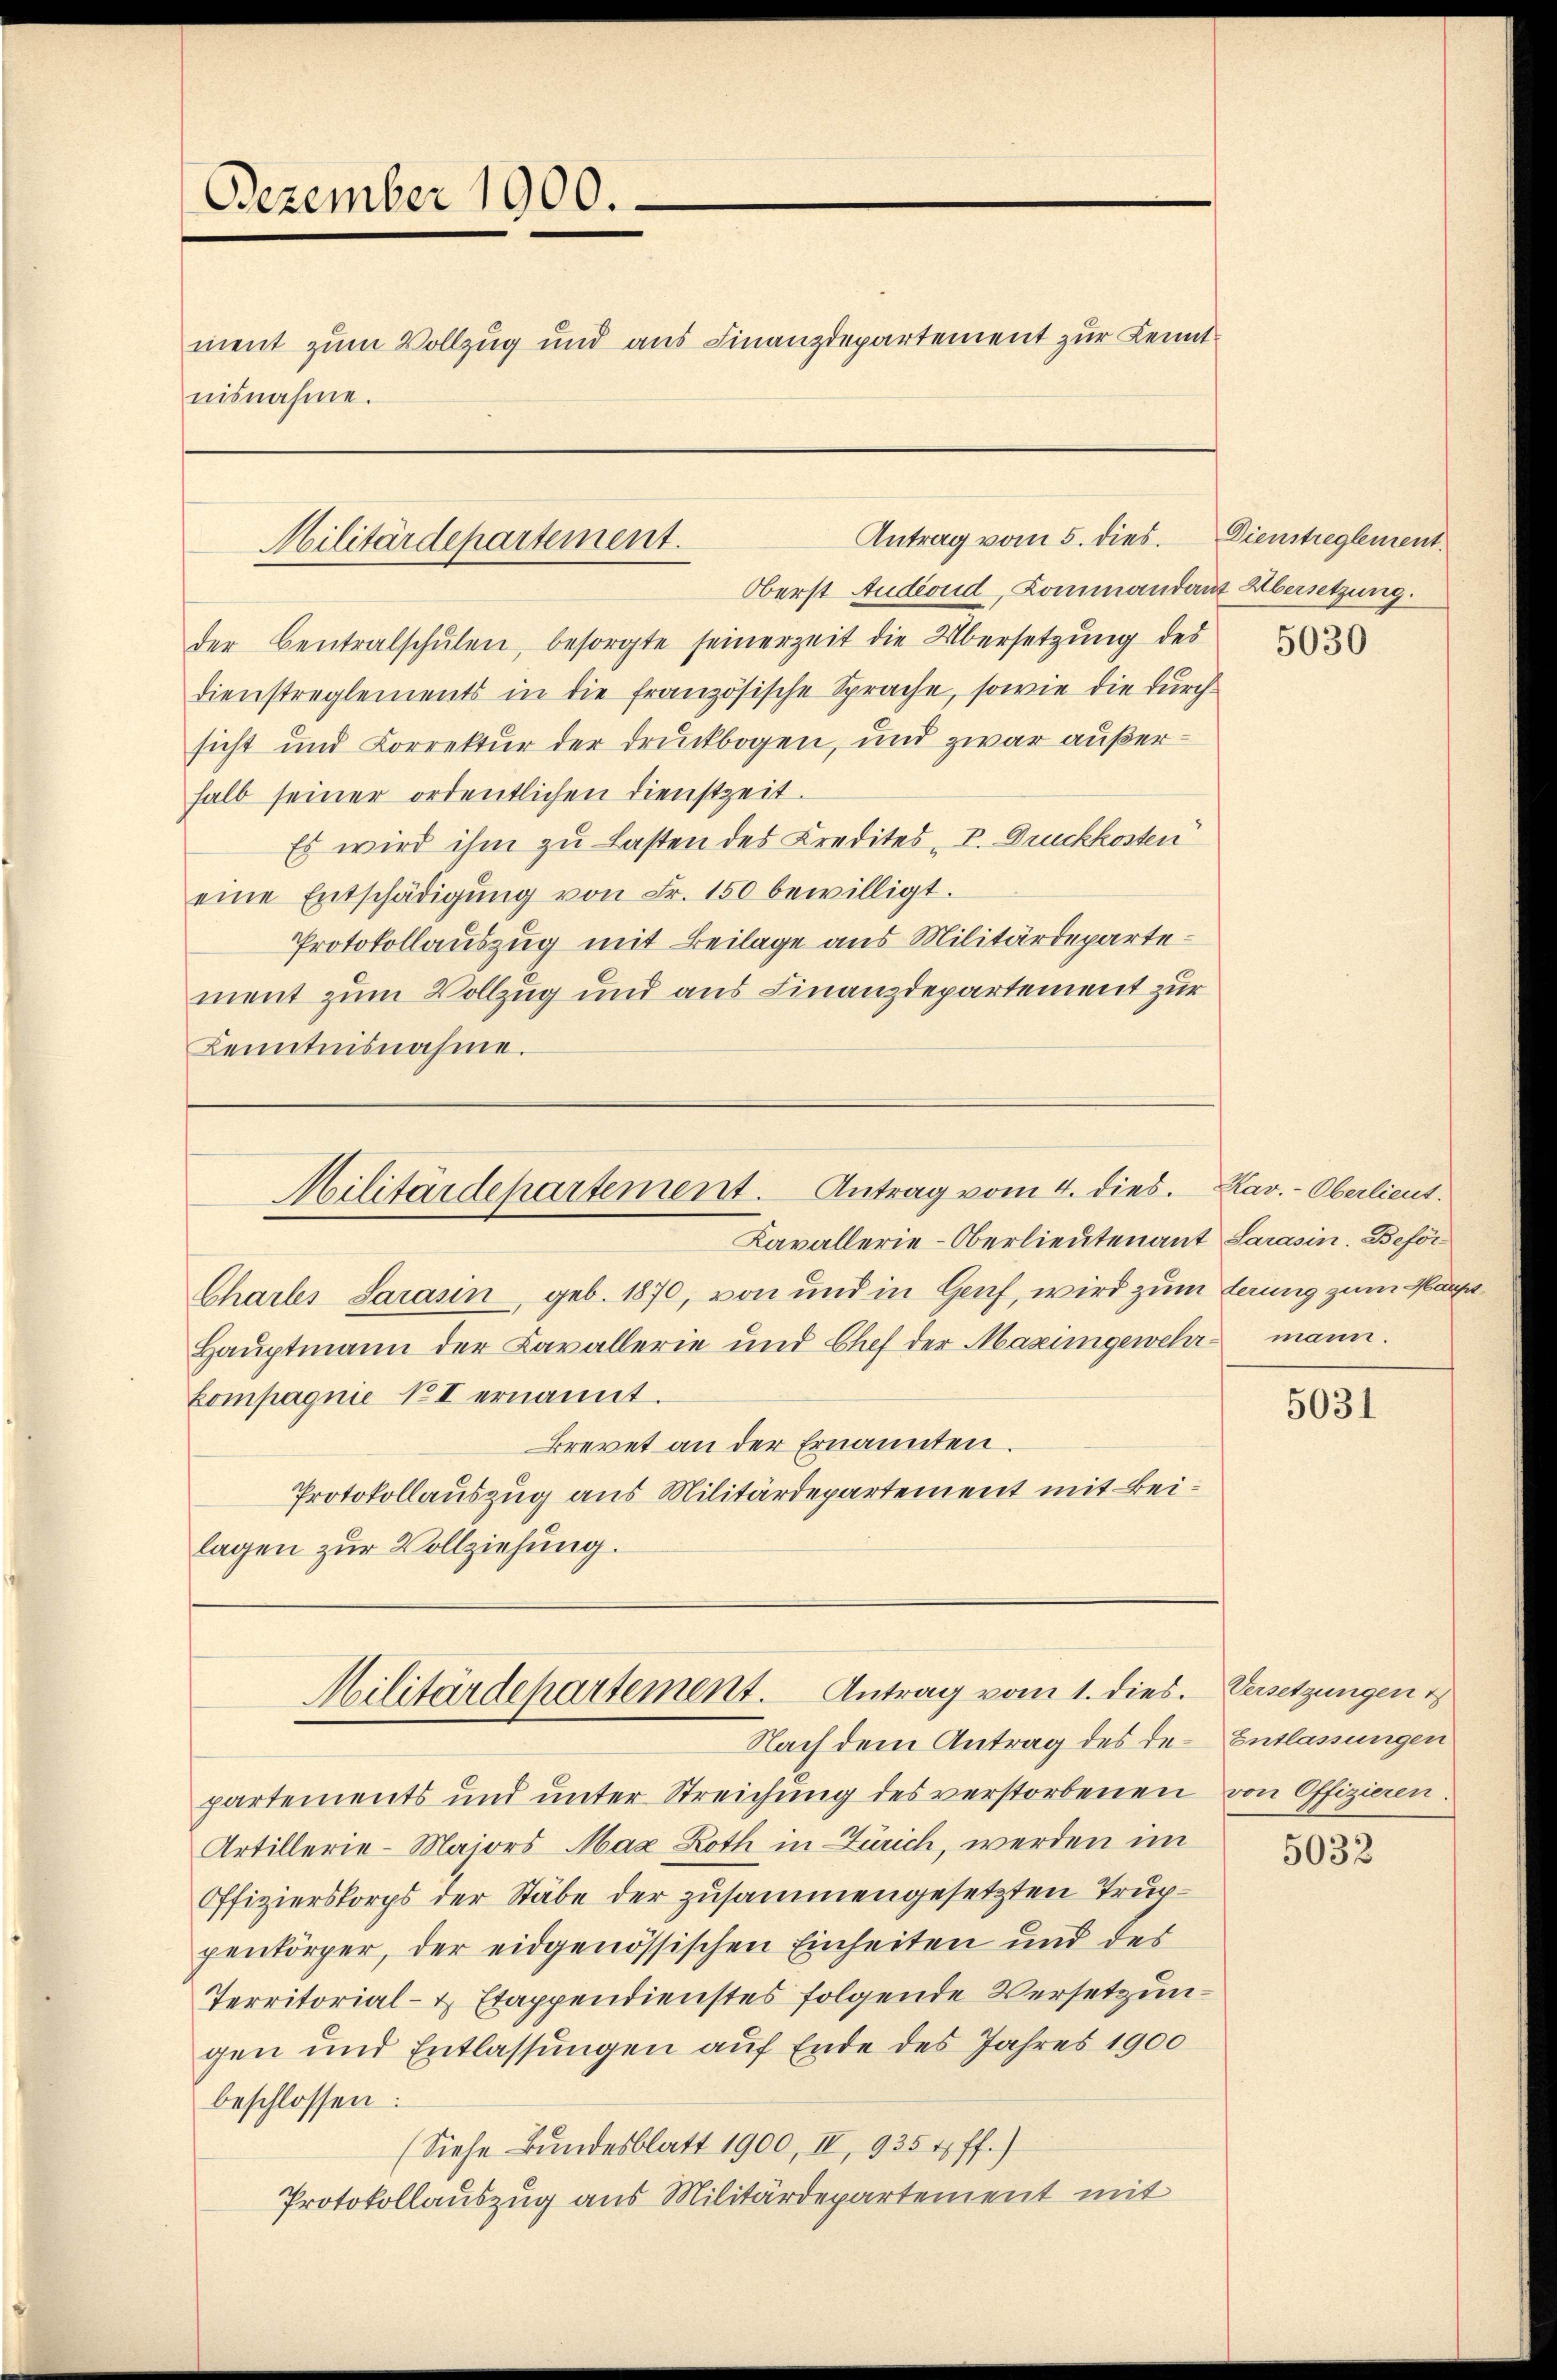
Dezember 1900.
ment zum Vollzug und aus Finanzdepartement zur Kenntnisnahme.

Antrag vom 5. dies
Militärdepartement.

Militärdepartement. Antrag vom 4. dies. Rav.-Oberlieut.
Kavallerie-Oberlieutenant Sarasin. Beför¬

Oberst Audiond, Kommandant Übersetzung.
der Centralschŭlen, besorgte seinerzeit die Übersetzung des
Dienstreglements in die französische Sprache, sowie die durch
sicht und Correktur der druckbogen, und zwar außerhalb seiner ordentlichen Dienstzeit.
Es wird ihm zu Lasten des Kredites, V. Druckkosten
eine Entschädigŭng von Fr. 150 bewilligt.
Protokollauszug mit Beilage aus Militärdepartement zum Vollzug und aus Finanzdepartement zur
Kenntnisnahme.

Chartes Sarasin, geb. 1870, von und in Genf, wird zum terung zum Hause
Haŭptmann der Cavallerie und Chef der Maximgewehr mann.
Compagnie No I ernannt.
Brevet an der Ernannten.
Protokollauszug aus Militärdepartement mit Beilagen zur Vollziehung.

Militärdepartement. Antrag vom 1. dies. Versetzungen
Nach dem Antrag des den Entlassungen

partements und unter Streichung des verstorbenen von Offizieren.
Artillerie-Maiors Max Roth in Zürich, werden im
Offizierskorps der Stäbe der zusammengesetzten Truppenkörper, der eidgenössischen Einheiten und des
Territorial- & Etappendienstes folgende Versetzungen und Entlassungen auf Ende des Jahres 1900
beschlossen:
(Siehe Bundesblatt 1900, II, 9354 ff.)
Protokollauszug aus Militärdepartement mit

Dienstreglement.

5030

5031

5032